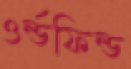
ওর্ল্ডফিল্ড